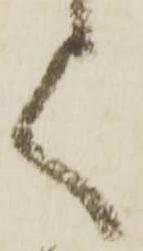
く